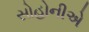
સોહોનીએ